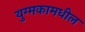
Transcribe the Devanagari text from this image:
युग्मकामधील